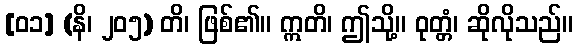
[၀၁] (နိ၊ ၂၀၅) တိ၊ ဖြစ်၏။ ဣတိ၊ ဤသို့။ ဝုတ္တံ၊ ဆိုလိုသည်။